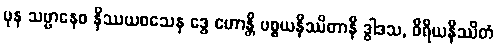
ပုန သဗ္ဗာနေဝ နိဿယဝသေန ဒွေ ဟောန္တိ ပစ္စယနိဿိတာနိ ဒွါဒသ, ဝီရိယနိဿိတံ